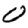
Digit: 0